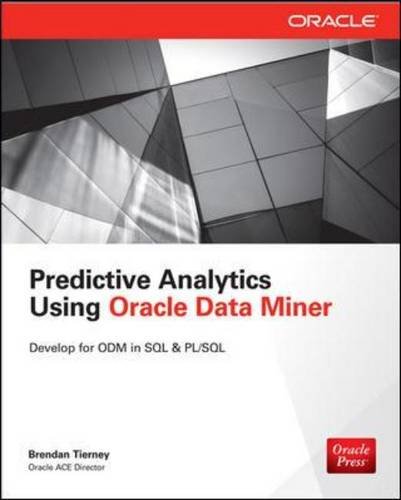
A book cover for Predictive Analytics Using Oracle Data Miner: Develop & Use Data Mining Models in Oracle Data Miner, SQL & PL/SQL; Brendan Tierney; Computers & Technology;